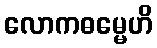
လောကဓမ္မေဟိ